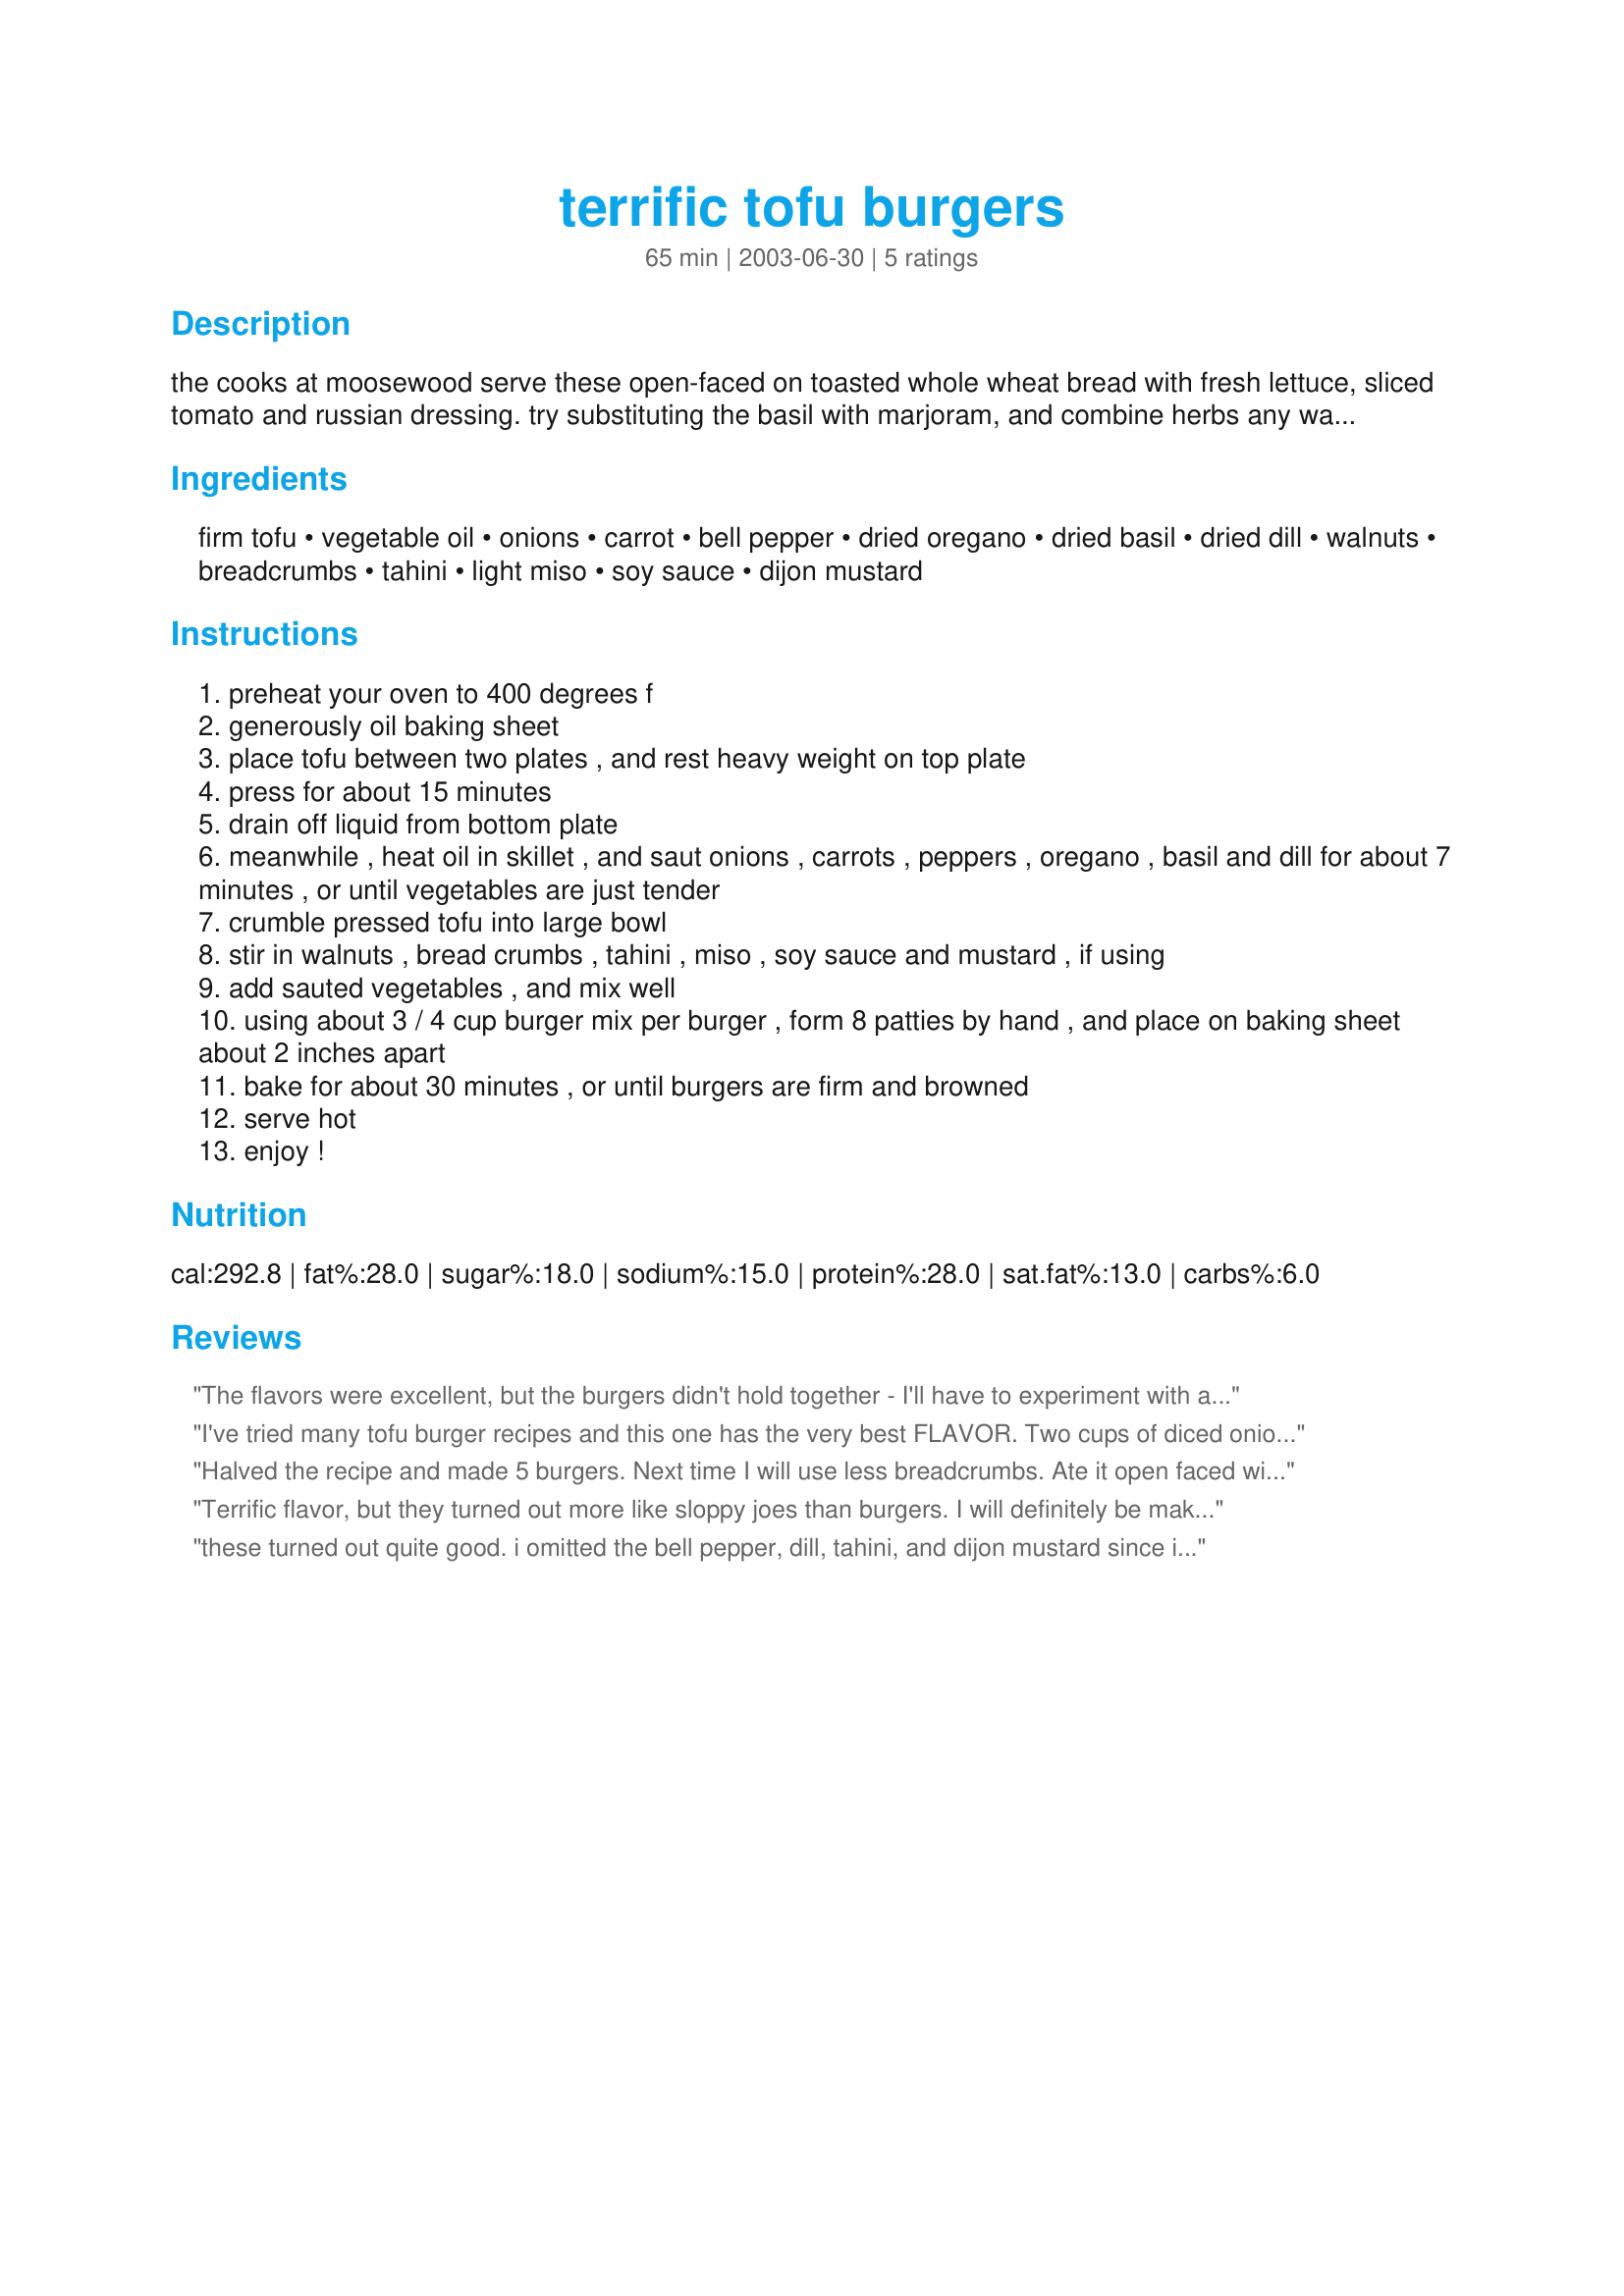
terrific tofu burgers
Preparation time: 65 minutes

the cooks at moosewood serve these open-faced on toasted whole wheat bread with fresh lettuce, sliced tomato and russian dressing. try substituting the basil with marjoram, and combine herbs any way you like so long as the total does not exceed 1 tablespoon for dried or 3 tablespoons for fresh. the uncooked burger mix keeps for two days in the refrigerator. formed into patties, these freeze well. thaw at room temperature before baking. this was adapted from vegetarian times magazine.

Ingredients:
firm tofu, vegetable oil, onions, carrot, bell pepper, dried oregano, dried basil, dried dill, walnuts, breadcrumbs, tahini, light miso, soy sauce, dijon mustard

Steps:
preheat your oven to 400 degrees f
generously oil baking sheet
place tofu between two plates , and rest heavy weight on top plate
press for about 15 minutes
drain off liquid from bottom plate
meanwhile , heat oil in skillet , and saut onions , carrots , peppers , oregano , basil and dill for about 7 minutes , or until vegetables are just tender
crumble pressed tofu into large bowl
stir in walnuts , bread crumbs , tahini , miso , soy sauce and mustard , if using
add sauted vegetables , and mix well
using about 3 / 4 cup burger mix per burger , form 8 patties by hand , and place on baking sheet about 2 inches apart
bake for about 30 minutes , or until burgers are firm and browned
serve hot
enjoy !

Reviews:
The flavors were excellent, but the burgers didn't hold together - I'll have to experiment with a binder other than egg to hold everything together.
I've tried many tofu burger recipes and this one has the very best FLAVOR. Two cups of diced onions sounded like an excessive amount, but I'm glad I followed the recipe because it tasted VVG. My burgers also fell apart, so it's best not to try to grill them or flip them over while cooking. I froze these on individual little pieces of waxed paper and transferred the frozen patties to a zip bag. They are perfect on whole wheat or multi-grain tortillas---folded into burritos. Substitutions that I made: I used pecans instead of walnuts and organic peanut butter instead of tahini. Also used organic brown mustard from Whole Foods instead of Dijon.
Halved the recipe and made 5 burgers. Next time I will use less breadcrumbs. Ate it open faced with dijon mustard on top (not in the recipe) a very nice meal.
Terrific flavor, but they turned out more like sloppy joes than burgers. I will definitely be making these again, but maybe eating them in pitas unless I can find a way to make them more cohesive. There will certainly be an again - my husband loved the flavors and we're both tired of frozen boxed patties. I froze extras and nuked them as needed. The walnuts really stood out - great flavor and a nice toothsome texture.
these turned out quite good. i omitted the bell pepper, dill, tahini, and dijon mustard since i didn't have them and served it with some honey mustard as a topping - i would like to find a way to hold them together better so i could grill them instead of baking, but, maybe i just need to form the patties better
